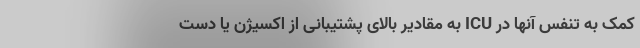
کمک به تنفس آنها در ICU به مقادیر بالای پشتیبانی از اکسیژن یا دست